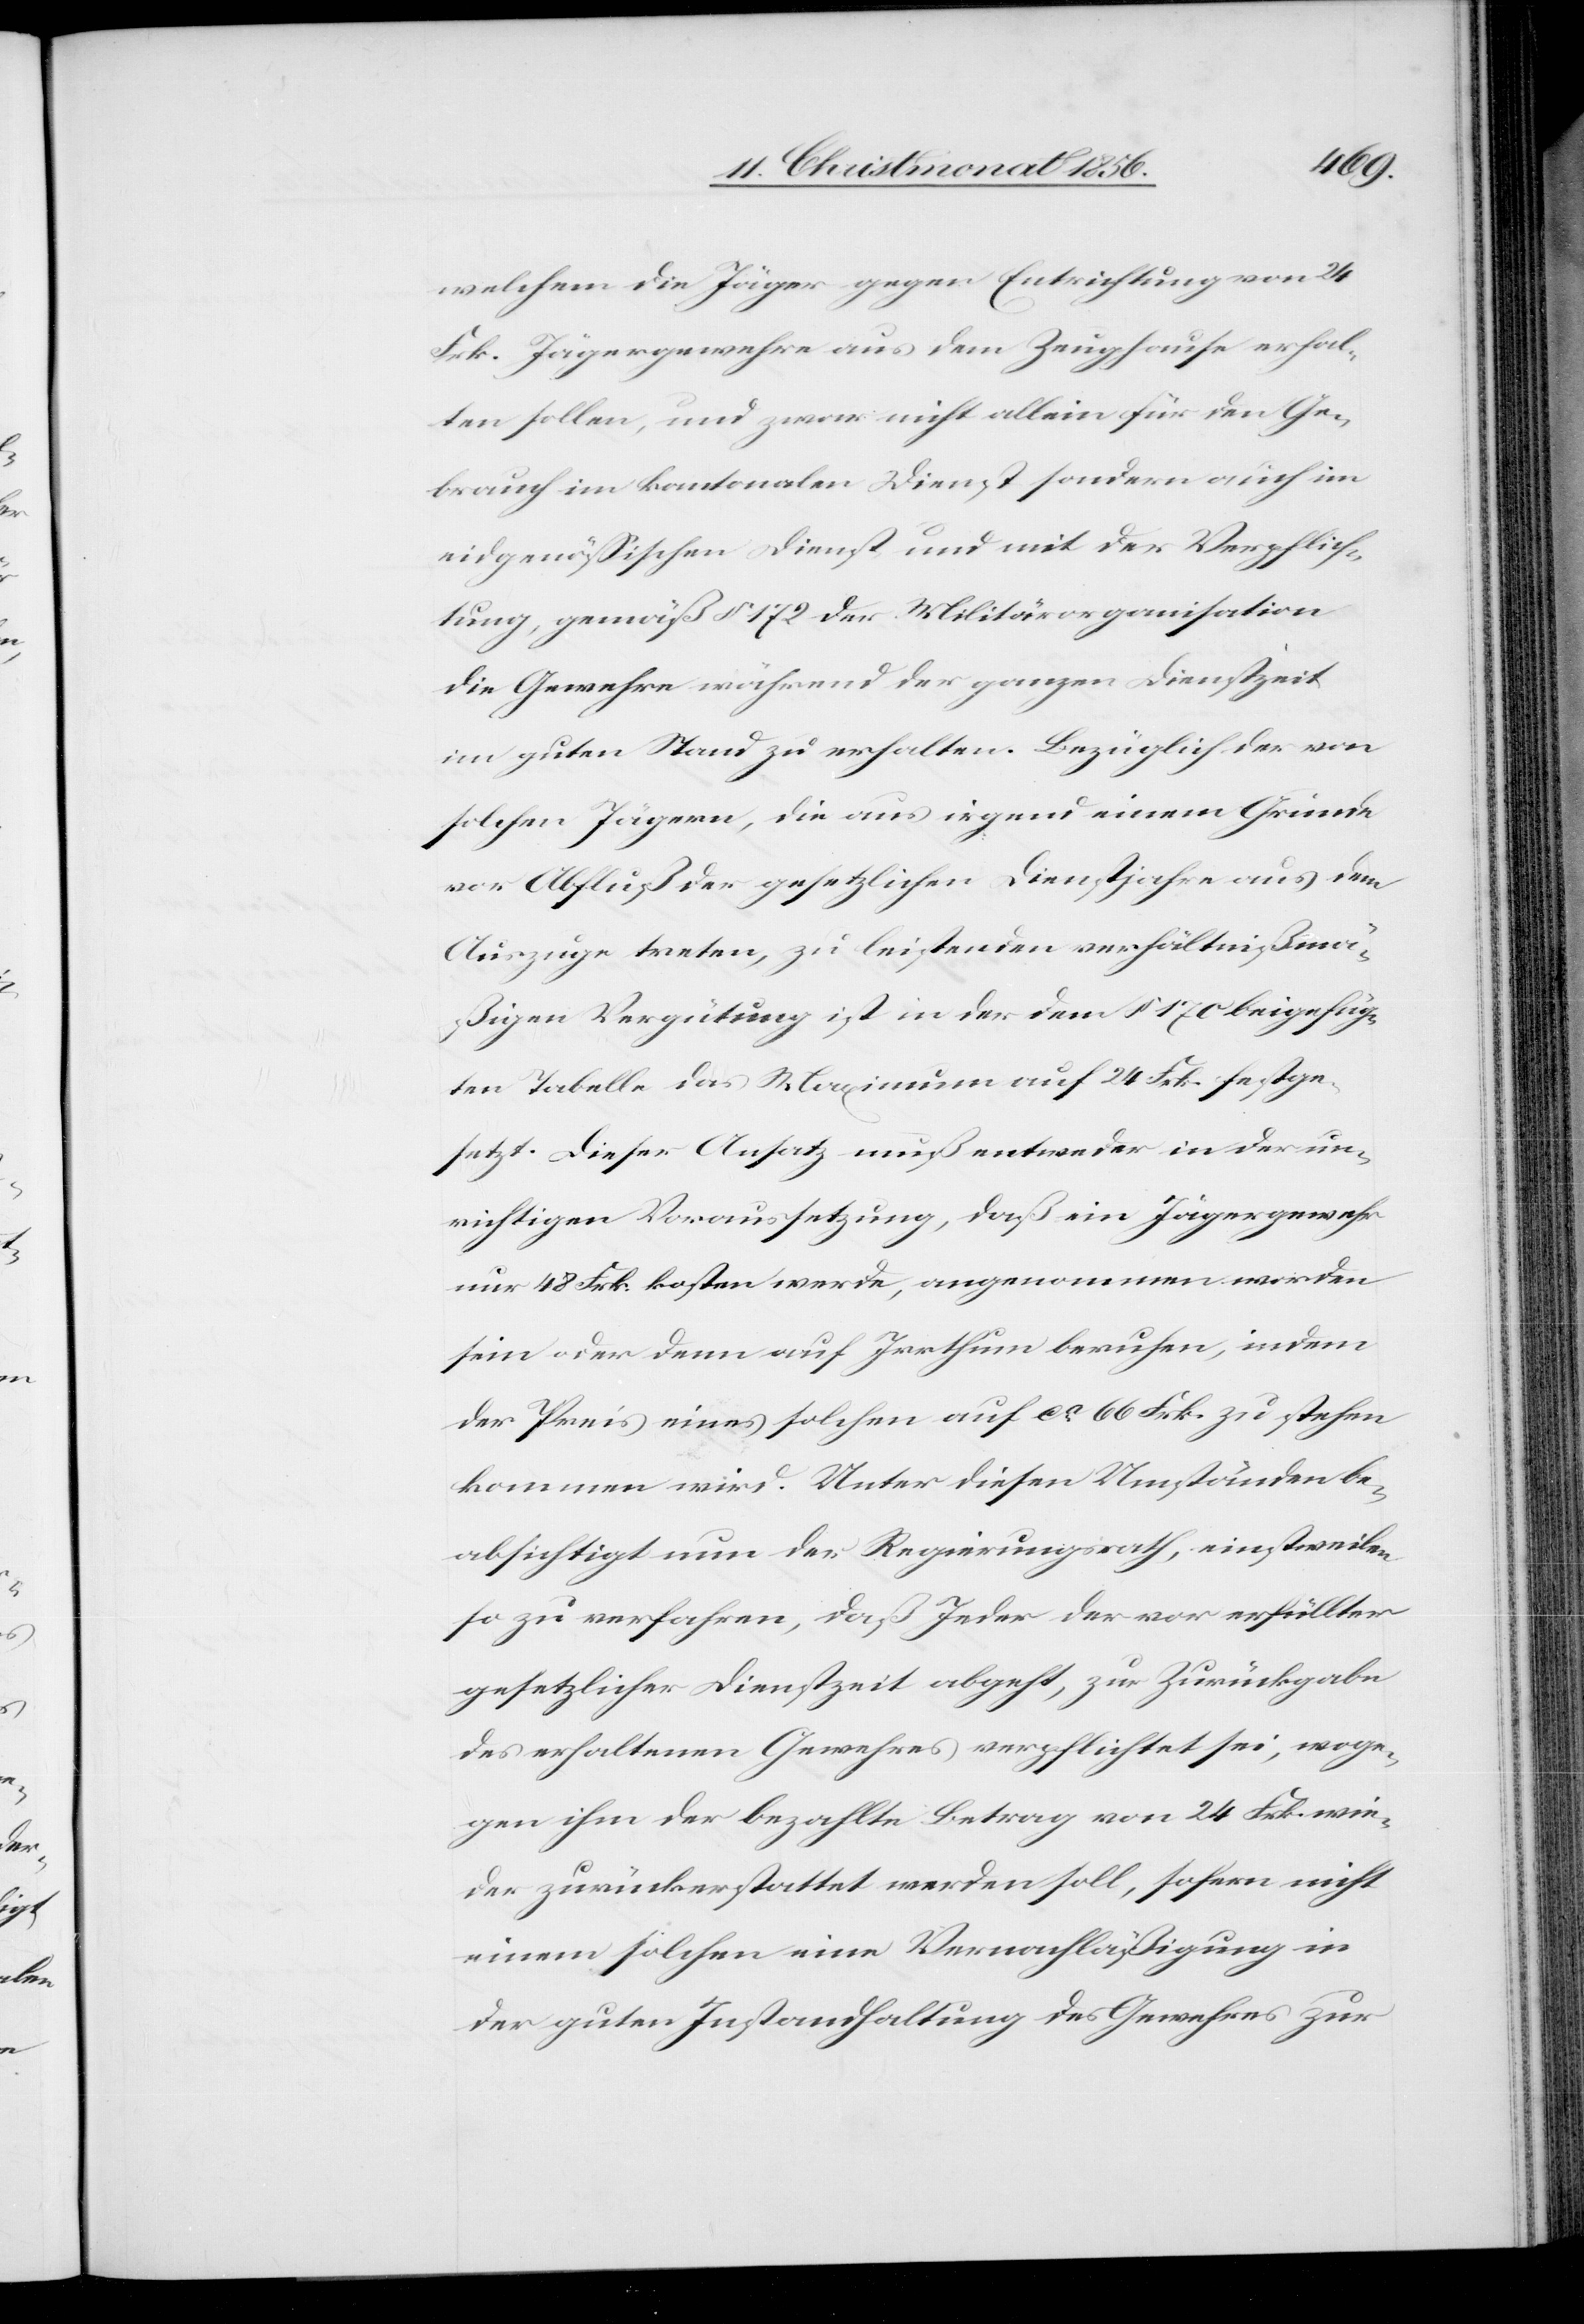
welchem die Jäger gegen Entrichtung von 24
Frk. Jägergewehre aus dem Zeughause erhal¬
ten sollen, und zwar nicht allein für den Ge¬
brauch im kantonalen Dienst sondern auch im
eidgenössischen Dienst und mit der Verpflich¬
tung, gemäß § 172 der Militärorganisation
die Gewehre während der ganzen Dienstzeit
im guten Stand zu erhalten. Bezüglich der von
solchen Jägern, die aus irgend einem Grunde
vor Abfluß der gesetzlichen Dienstjahre aus dem
Auszuge treten, zu leistenden verhältnißmä¬
ßigen Vergütung ist in der dem § 170 beigefüg¬
ten Tabelle das Maximum auf 24 Frk. festge¬
setzt. Dieser Ansatz muß entweder in der un¬
richtigen Voraussetzung, daß ein Jägergewehr
nur 48 Frk. kosten werde, angenommen worden
sein oder denn auf Irrthum beruhen, indem
der Preis eines solchen auf ca 66 Frk. zu stehen
kommen wird. Unter diesen Umständen be¬
absichtigt nun der Regierungsrath, einstweilen
so zu verfahren, daß Jeder der vor erfüllter
gesetzlicher Dienstzeit abgeht, zur Zurückgabe
des erhaltenen Gewehres verpflichtet sei, woge¬
gen ihm der bezahlte Betrag von 24 Frk. wie¬
der zurückerstattet werden soll, sofern nicht
einem solchen eine Vernachläßigung in
der guten Instandhaltung des Gewehres zur